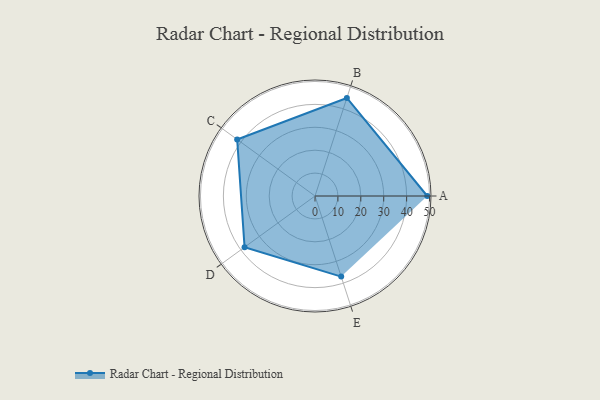
{"axis": {"x": "Skill", "y": "Score"}, "legend": ["Profile"], "data": [{"x": "A", "y": 49.0, "type": "Profile"}, {"x": "B", "y": 45.0, "type": "Profile"}, {"x": "C", "y": 42.0, "type": "Profile"}, {"x": "D", "y": 38.0, "type": "Profile"}, {"x": "E", "y": 37.0, "type": "Profile"}]}